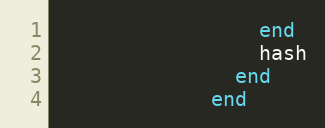
Language: Ruby
                 end
                 hash
               end
             end